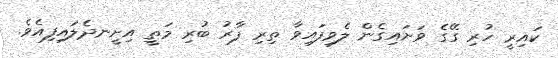
ކައިރީ ހުރި ގޭގެ ވަށައިގެން ލެވިފައިވާ ތިރި ފާރު ބުރި މަތީ އިށީނދެލައިފިއެވެ.